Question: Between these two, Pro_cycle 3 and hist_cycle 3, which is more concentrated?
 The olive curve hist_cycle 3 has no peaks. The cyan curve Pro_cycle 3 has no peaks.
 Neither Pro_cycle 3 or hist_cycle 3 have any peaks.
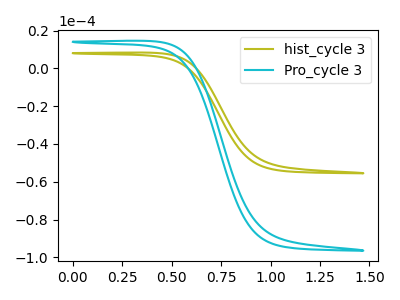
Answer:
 <answer>I cant tell if "Pro_cycle 3" or "hist_cycle 3" has higher concentration.</answer>
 <eval>mixed_concentration</eval>